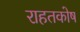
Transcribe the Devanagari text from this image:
राहतकोष